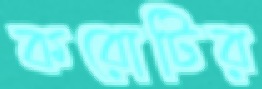
করোটির